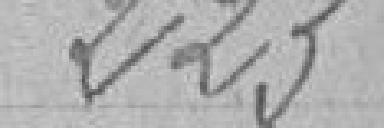
223